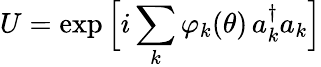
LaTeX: U=\exp\Big[i\sum_{k}\varphi_{k}(\theta)\, a_{k}^{\dagger}a_{k}\Big]